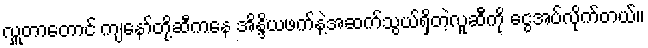
လှူတာတောင် ကျနော်တို့ဆီကနေ အိန္ဒိယဖက်နဲ့အဆက်သွယ်ရှိတဲ့လူဆီကို ငွေအပ်လိုက်တယ်။